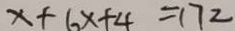
x + 6 x + 4 = 1 7 2